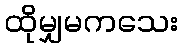
ထိုမျှမကသေး